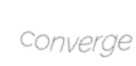
converge